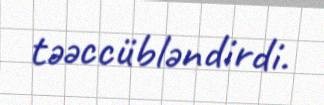
təəccübləndirdi.